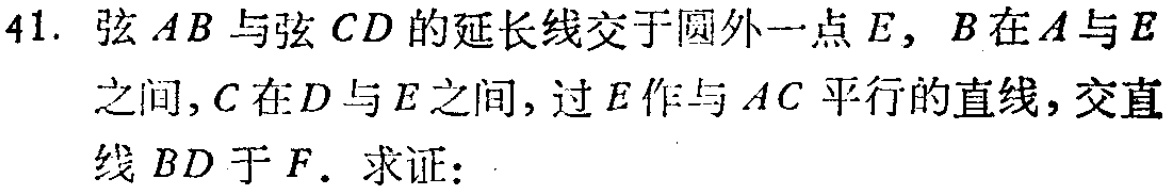
41. 弦 \(AB\) 与弦 \(CD\) 的延长线交于圆外一点 \(E\)，\(B\) 在 \(A\) 与 \(E\) 之间，\(C\) 在 \(D\) 与 \(E\) 之间，过 \(E\) 作与 \(AC\) 平行的直线，交直线 \(BD\) 于 \(F\)。求证：